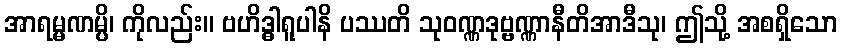
အာရမ္မဏမ္ပိ၊ ကိုလည်း။ ဗဟိဒ္ဓါရူပါနိ ပဿတိ သုဝဏ္ဏဒုဗ္ဗဏ္ဏာနီတိအာဒီသု၊ ဤသို့ အစရှိသော